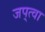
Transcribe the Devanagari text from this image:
जप्‌त्वा